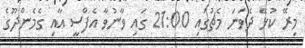
މިރޭ ކުޅޭ ދެވަނަ މެޗުގައި 21:00 ގައި ވާނުވާ އެފްސީ އާއި ގެމެންދޫގެ